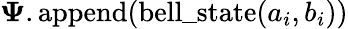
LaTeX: \boldsymbol\Psi.\mathrm{append}(\mathrm{bell\_ state}(a_{i},b_{i}))